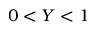
0 < Y < 1